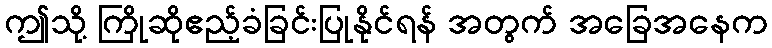
ဤသို့ ကြိုဆိုဧည့်ခံခြင်းပြုနိုင်ရန် အတွက် အခြေအနေက